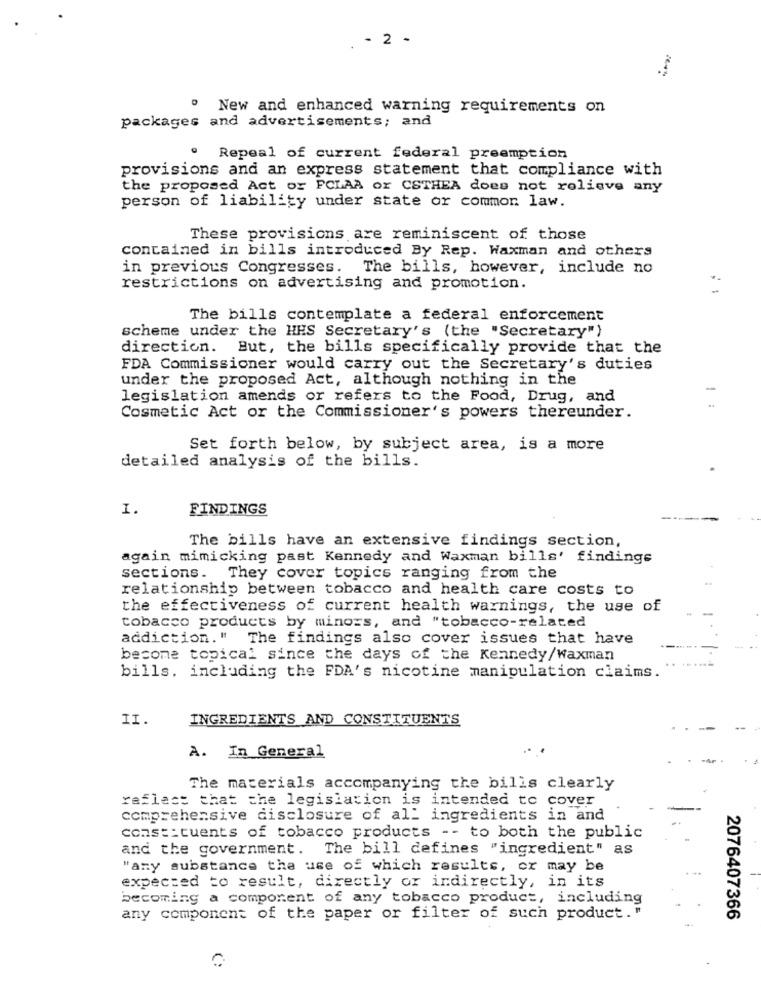
- 2 -
" New and enhanced warning requirements on
packages and advertisements; and
Repeal of current federal preemption
provisions and an express statement that compliance with
the proposed Act or FCLAA or CSTHEA does not relieve any
person of liability under state or common law.
These provisions are reminiscent of those
contained in bills introduced By Rep. Waxman and others
in previous Congresses. The bills, however, include no
restrictions on advertising and promotion.
The bills contemplate a federal enforcement
scheme under the HHS Secretary's (the "Secretary")
direction. But, the bills specifically provide that the
FDA Commissioner would carry out the Secretary's duties
under the proposed Act, although nothing in the
legislation amends or refers to the Food, Drug, and
Cosmetic Act or the Commissioner's powers thereunder.
Set forth below, by subject area, is a more
detailed analysis of the bills.
I.
FINDINGS
The bills have an extensive findings section,
again mimicking past Kennedy and Waxman bills' findings
sections. They cover topics ranging from the
relationship between tobacco and health care costs to
the effectiveness of current health warnings, the use of
tobacco products by minors, and "tobacco-related
addiction." The findings also cover issues that have
become topical since the days of the Kennedy/waxman
bills. including the FDA's nicotine manipulation claims.
II.
INGREDIENTS AND CONSTITUENTS
A. In General
The materials accompanying the bills clearly
reflect that the legislation is intended to cover
comprehensive disclosure of all ingredients in and
const:cuents of tobacco products -- to both the public
and the government. The bill defines "ingredient" as
"any substance the use of which results, or may be
expected to result, directly or indirectly, in its
becoming a component of any tobacco product, including
any component of the paper or filter of such product."
2076407366